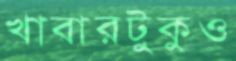
খাবারটুকুও